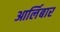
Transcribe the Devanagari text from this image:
आर्लिबार